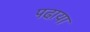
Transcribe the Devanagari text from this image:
पढा़या